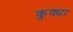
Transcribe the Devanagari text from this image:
कुक्या